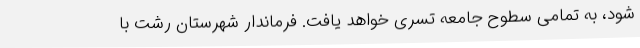
شود، به تمامی سطوح جامعه تسری خواهد یافت. فرماندار شهرستان رشت با